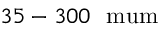
3 5 - 3 0 0 ~ \mathrm { \ m u m }